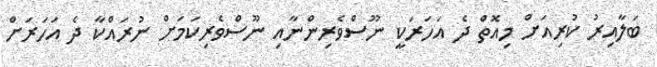
ބަލާއިރު ކުރިއަށް މިއޮތް ދެ އަހަރަކީ ނޫސްވެރިންނާއި ނޫސްވެރިކަމަށް ނުރައްކާ ދެ އަހަރަށް